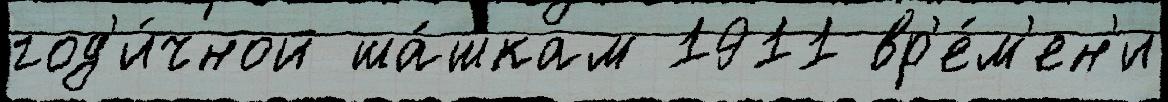
год'и́чной ша́шкам 1911 вр'е́м'ен'и